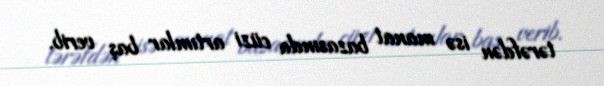
tərəfdən isə manat bazasında cüzi artımlar baş verib.